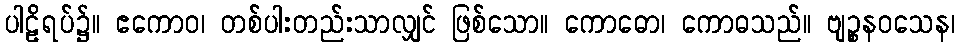
ပါဠိရပ်၌။ ဧကောဝ၊ တစ်ပါးတည်းသာလျှင် ဖြစ်သော။ ကောဓော၊ ကောဓသည်။ ဗျဉ္စနဝသေန၊